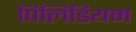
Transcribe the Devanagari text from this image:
पिलिडियम